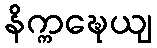
နိက္ကဍ္ဎေယျ